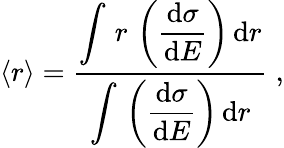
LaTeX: \langle r\rangle=\frac{\displaystyle{\int\, r\, \left(\frac{\mathrm{d}\sigma}{\mathrm{d}E}\right)\, \mathrm{d}r}}{\displaystyle{\int\, \left(\frac{\mathrm{d}\sigma}{\mathrm{d}E}\right)\, \mathrm{d}r}}\; ,